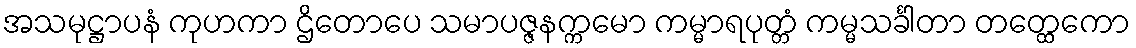
အသမုဋ္ဌာပနံ ကုဟကာ ဌိတောပေ သမာပဇ္ဇနက္ကမော ကမ္မာရပုတ္တံ ကမ္မသင်္ခါတာ တတ္ထေကော